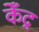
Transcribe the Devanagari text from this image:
केँद्र